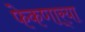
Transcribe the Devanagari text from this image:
फेकणार्‍या